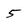
Character: 5